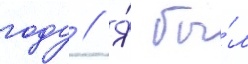
году // Я́ бы́л